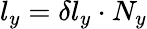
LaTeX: l_{y}=\delta l_{y}\cdot N_{y}